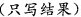
（只写结果）